Indian journal of veterinary science and animal husbandry - Volume 7,
Year: 1937
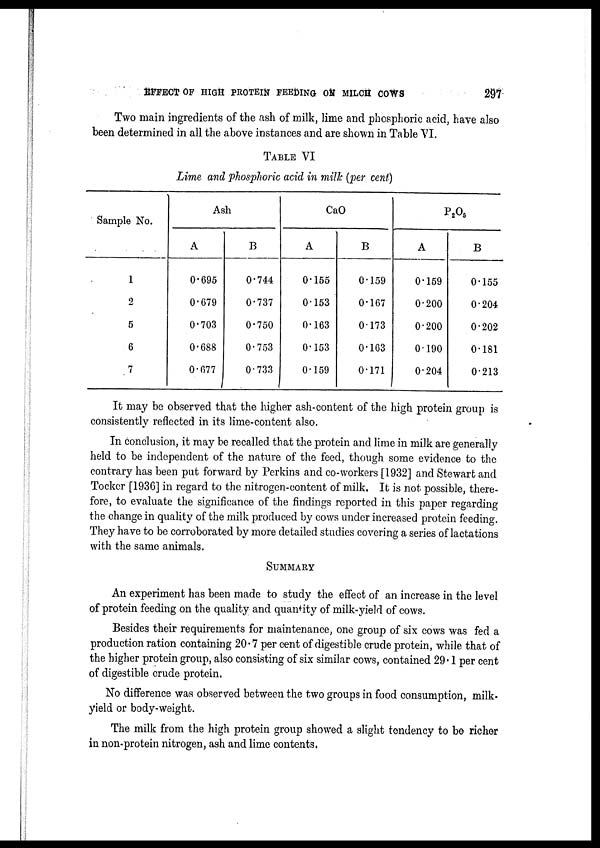
EFFECT OF HIGH PROTEIN FEEDING ON MILCH COWS
297
Two main ingredients of the ash of milk, lime and phosphoric acid, have also
been determined in all the above instances and are shown in Table VI.
TABLE VI
Lime and phosphoric acid in milk (per cent)
Sample No.
1
2
5
6
7
Ash
A
0.695
0.679
0.703
0.688
0.677
B
0.744
0.737
0.750
0.753
0.733
CaO
A
0.155
0.153
0.163
0.153
0.159
B
0.159
0.167
0173
0.163
0.171
P 2 O 5
A
0.159
0.200
0.200
0.190
0.204
B
0.155
0.204
0.202
0.181
0.213
It may be observed that the higher ash-content of the high protein group is
consistently reflected in its lime-content also.
In conclusion, it may be recalled that the protein and lime in milk are generally
held to be independent of the nature of the feed, though some evidence to the
contrary has been put forward by Perkins and co-workers [1932] and Stewart and
Tocker [1936] in regard to the nitrogen-content of milk. It is not possible, there-
fore, to evaluate the significance of the findings reported in this paper regarding
the change in quality of the milk produced by cows under increased protein feeding.
They have to be corroborated by more detailed studies covering a series of lactations
with the same animals.
SUMMARY
An experiment has been made to study the effect of an increase in the level
of protein feeding on the quality and quantity of milk-yield of cows.
Besides their requirements for maintenance, one group of six cows was fed a
production ration containing 20.7 per cent of digestible crude protein, while that of
the higher protein group, also consisting of six similar cows, contained 29.1 per cent
of digestible crude protein.
No difference was observed between the two groups in food consumption, milk-
yield or body-weight.
The milk from the high protein group showed a slight tendency to be richer
in non-protein nitrogen, ash and lime contents.